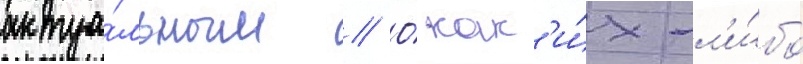
актуа́льным // О́ как'и́х-л'и́бо